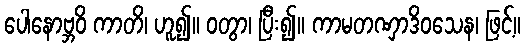
ပေါနောဗ္ဘဝိ ကာတိ၊ ဟူ၍။ ဝတွာ၊ ပြီး၍။ ကာမတဏှာဒိဝသေန၊ ဖြင့်။